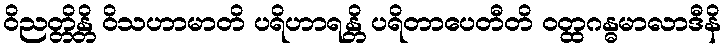
ဝိညတ္တိန္တိ ဝိသဟာမာတိ ပရိဟာရန္တိ ပရိတာပေတီတိ ဝတ္ထဂန္ဓမာလာဒီနိ